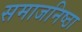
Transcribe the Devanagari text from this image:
समाजनिष्ठा